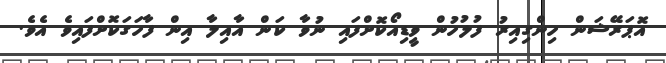
އޮޕަރޭޝަން ހިންގިއިރު ފުލުހުން ވީޑިއޯކޮށްފައި ނުވާ ކަން އާއިލާ އިން ފާހަގަކޮށްފައިވެ އެވެ.